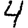
Digit: 4